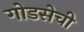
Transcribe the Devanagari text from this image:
गोडसेची